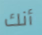
أنك